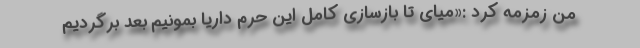
من زمزمه کرد :«میای تا بازسازی کامل این حرم داریا بمونیم بعد برگردیم